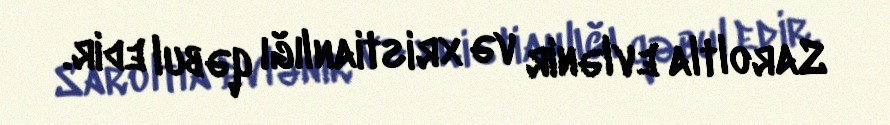
Saroltla evlənir və xristianlığı qəbul edir.